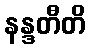
နန္ဒတီတိ